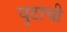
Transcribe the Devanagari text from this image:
घुटाची